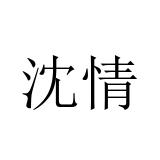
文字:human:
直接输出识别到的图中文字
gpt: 沈情